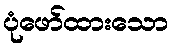
ပုံဖော်ထားသော